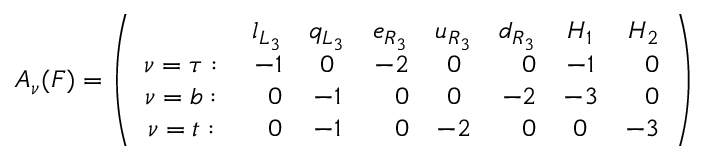
{ \cal A } _ { \nu } ( F ) = \left( \begin{array} { c r c r c r c r c r c r c r c r } { { } } & { { l _ { L _ { 3 } } } } & { { q _ { L _ { 3 } } } } & { { e _ { R _ { 3 } } } } & { { u _ { R _ { 3 } } } } & { { d _ { R _ { 3 } } } } & { { H _ { 1 } } } & { { H _ { 2 } } } \\ { { \nu = \tau : \; } } & { { - 1 } } & { { 0 } } & { { - 2 } } & { { 0 } } & { { 0 } } & { { - 1 } } & { { 0 } } \\ { { \nu = b : \; } } & { { 0 } } & { { - 1 } } & { { 0 } } & { { 0 } } & { { - 2 } } & { { - 3 } } & { { 0 } } \\ { { \nu = t : \; } } & { { 0 } } & { { - 1 } } & { { 0 } } & { { - 2 } } & { { 0 } } & { { 0 } } & { { - 3 } } \end{array} \right)